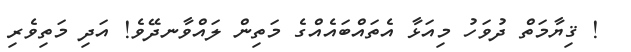
! ޤިޔާމަތް ދުވަހު މިއަޅާ އެތައްބައެއްގެ މަތިން ލައްވާނދޭވެ! އަދި މަތިވެރި